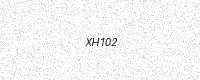
Text: XH102